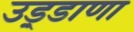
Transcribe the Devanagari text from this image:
उड़्डाणा